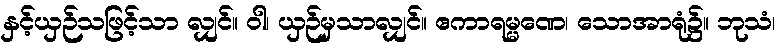
နှင့်ယှဉ်သဖြင့်သာ လျှင်။ ဝါ၊ ယှဉ်မှသာလျှင်။ ဧကာရမ္မဏေ၊ သောအာရုံ၌။ ဘုသံ၊